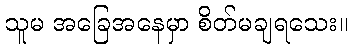
သူမ အခြေအနေမှာ စိတ်မချရသေး။